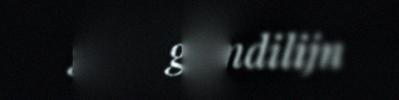
gulldalimdilijn